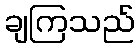
ချကြသည်